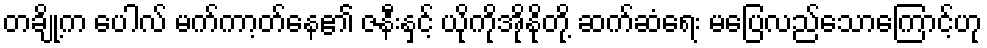
တချို့က ပေါလ် မက်ကာ့တ်နေ၏ ဇနီးနှင့် ယိုကိုအိုနိုတို့ ဆက်ဆံရေး မပြေလည်သောကြောင့်ဟု